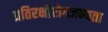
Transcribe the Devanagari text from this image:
प्रतिरक्षीरोगजन्यता